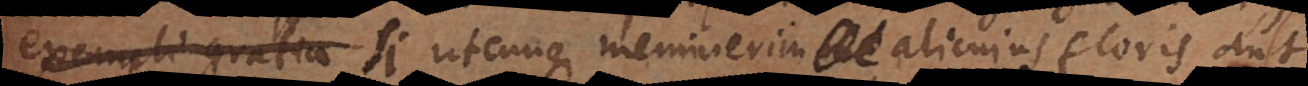
veluti si utcunque meminerim alicujus floris aut